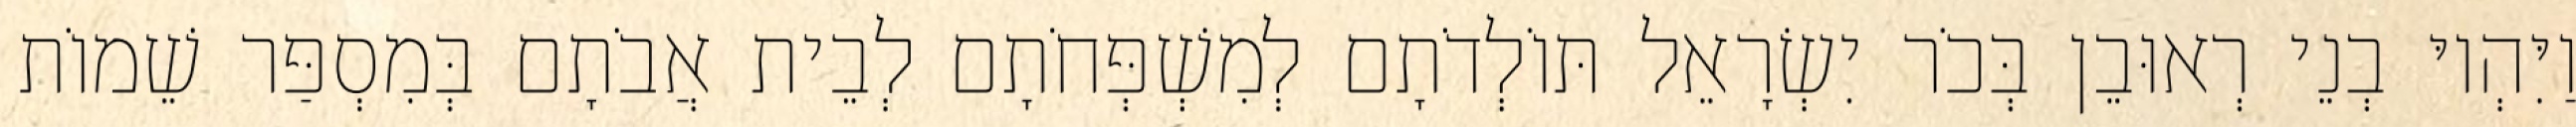
וַיִּהְיוּ בְנֵי רְאוּבֵן בְּכֹר יִשְׂרָאֵל תּוֹלְדֹתָם לְמִשְׁפְּחֹתָם לְבֵית אֲבֹתָם בְּמִסְפַּר שֵׁמוֹת